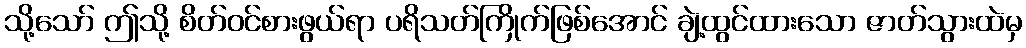
သို့သော် ဤသို့ စိတ်ဝင်စားဖွယ်ရာ ပရိသတ်ကြိုက်ဖြစ်အောင် ချဲ့ထွင်ထားသော ဇာတ်သွားထဲမှ